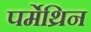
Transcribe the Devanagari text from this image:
पर्मेथ्रिन